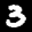
Label: 3